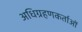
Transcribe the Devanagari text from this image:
अधिग्रहणकर्ताओं